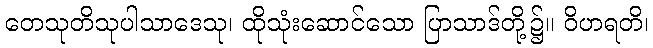
တေသုတိသုပါသာဒေသု၊ ထိုသုံးဆောင်သော ပြာသာဒ်တို့၌။ ဝိဟရတိ၊